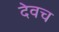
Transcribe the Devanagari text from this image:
देवच